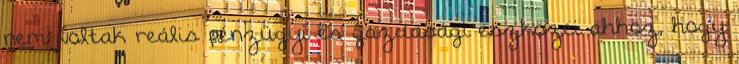
nem voltak reális pénzügyi és gazdasági eszközei ahhoz, hogy